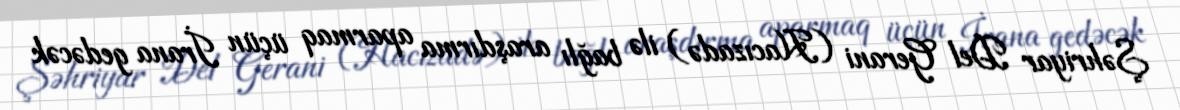
Şəhriyar Del Gerani (Hacızadə) ilə bağlı araşdırma aparmaq üçün İrana gedəcək